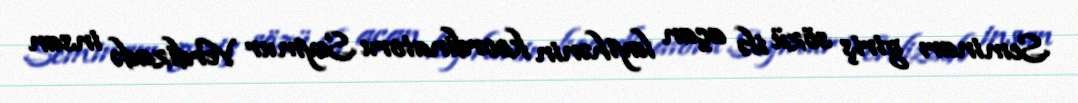
Seminarı giriş sözü ilə açan layihənin koordinatoru Seymur Verdizadə insan